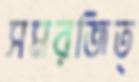
সমরজিত্